Document type: Emphyteutic lease
Year: 1295
Scribe: Pere de Noguera, prevere
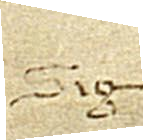
Sig